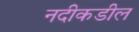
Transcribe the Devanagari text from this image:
नदीकडील